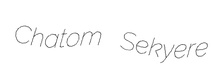
Chatom Sekyere